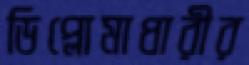
ডিপ্লোমাধারীর